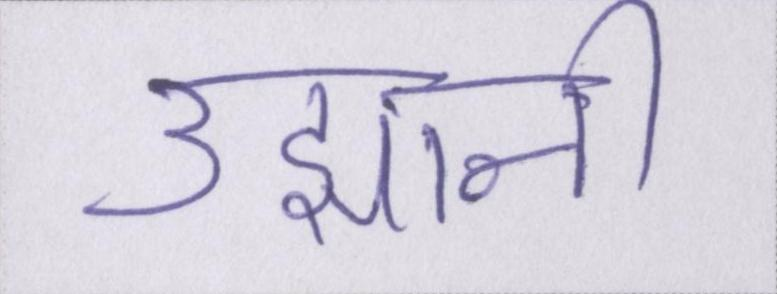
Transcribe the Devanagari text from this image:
उझानी